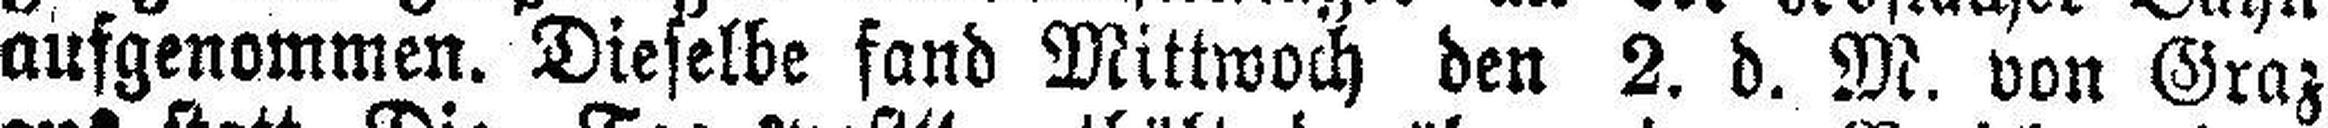
ausgenommen. Dieselbe fand Mittwoch den 2. d. M. von Graz